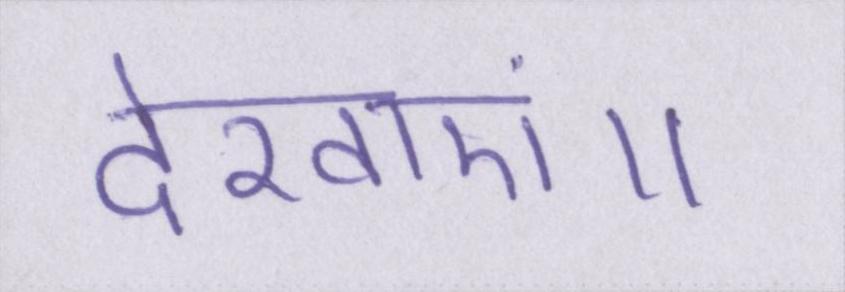
देखाएं॥